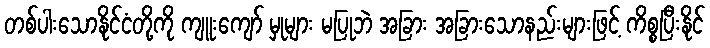
တစ်ပါးသောနိုင်ငံတို့ကို ကျူးကျော် မှုများ မပြုဘဲ အခြား အခြားသောနည်းများဖြင့် ကိစ္စပြီးနိုင်